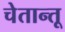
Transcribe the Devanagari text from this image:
चेतान्तू